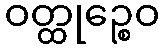
ဝတ္ထုဉ္စေဝ